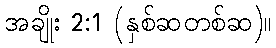
အချိုး 2:1 (နှစ်ဆတစ်ဆ)။